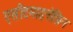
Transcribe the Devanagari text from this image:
एसीटमाइनोफ़िन